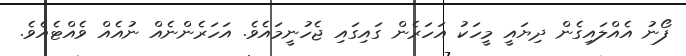
ފޯނު އެއްލައިގެން ދިޔައީ މީހަކު އަހަރެން ގައިގައި ޖެހުނީމައެވެ. އަހަރެންނެއް ނުއެއް ވެއްޓެއެވެ.